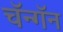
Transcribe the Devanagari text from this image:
चॅन्गॅन